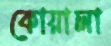
কোয়ালা